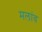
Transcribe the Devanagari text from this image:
मलांव